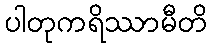
ပါတုကရိဿာမီတိ